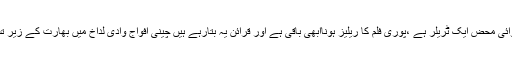
ذہن نشین رہے کہ وادی لداخ میں چینی افواج کی پیش قدمی کی حالیہ کارروائی محض ایک ٹریلر ہے ،پوری فلم کا ریلیز ہوناابھی باقی ہے اور قرائن یہ بتارہے ہیں چینی افواج وادی لداخ میں بھارت کے زیر تسلط سرحدی علاقے میں مزید پیش قدمی کرنے کا سنجیدہ ارادہ رکھتی ہیں ۔